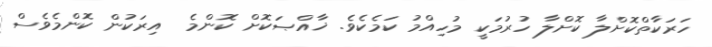
ހަރަކާތްކޮށްލާ ކޮށްލާ ހުރުމަކީ މުހިއްމު ކަމެކެވެ. ޚާއްޞަކޮށް ކޮންމެ  އިރަކުން ކޮންމެވެސް